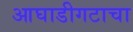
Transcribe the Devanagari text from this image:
आघाडीगटाचा